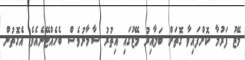
މޭޒު ފަރުމާ ކޮށްފައިވާ ގޮތަށް ބަލާއިރު މޭޒުގައި އިތުރު ސާމާނުވެސް ބެހެއްޓޭނެއެވެ. އެގޮތުން